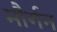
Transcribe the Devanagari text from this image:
मौर्गन